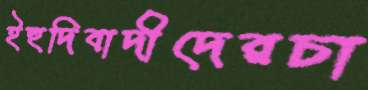
ইহুদিবাদীদেরচা